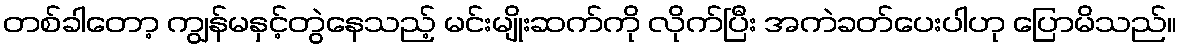
တစ်ခါတော့ ကျွန်မနှင့်တွဲနေသည့် မင်းမျိုးဆက်ကို လိုက်ပြီး အကဲခတ်ပေးပါဟု ပြောမိသည်။